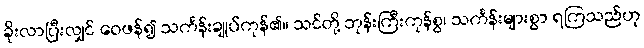
ခိုးလာပြီးလျှင် ဝေဖန်၍ သင်္ကန်းချုပ်ကုန်၏။ သင်တို့ ဘုန်းကြီးကုန်စွ၊ သင်္ကန်းများစွာ ရကြသည်ဟု